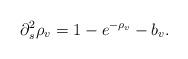
LaTeX: \begin{align*}\partial^2_s \rho_v=1-e^{-\rho_v}-b_v.\end{align*}